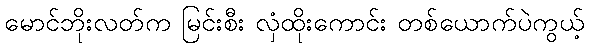
မောင်ဘိုးလတ်က မြင်းစီး လှံထိုးကောင်း တစ်ယောက်ပဲကွယ့်